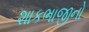
શાકભાજીનો